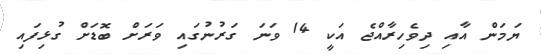
ޔަމަން އާއި ދިވެހިރާއްޖެ އަކީ 14 ވަނަ ގަރުނުގައި ވަރަށް ބޮޑަށް ގުޅިފައި